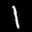
Label: 1